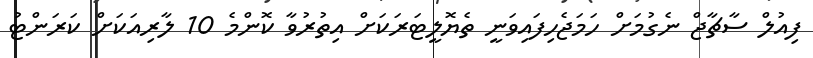
ފިއުލް ސާޗާޖް ނެގުމަށް ހަމަޖެހިފައިވަނީ ތެޔޮލީޓަރަކަށް އިތުރުވާ ކޮންމެ 10 ލާރިއަކަށް ކަރަންޓު